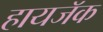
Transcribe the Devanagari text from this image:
हायजॅक